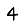
Digit: 4